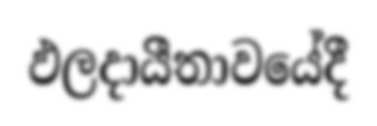
ඵලදායීතාවයේදී